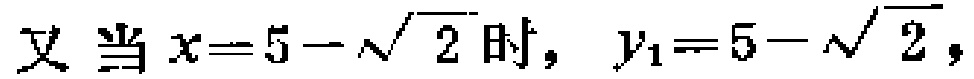
又 当 \(x = 5 - \sqrt{2}\) 时，\(y_{1}=5 - \sqrt{2}\)，